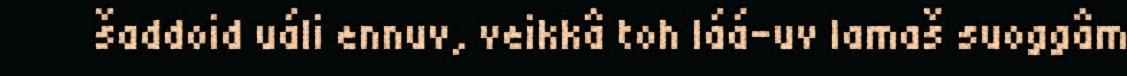
šaddoid uáli ennuv, veikkâ toh láá-uv lamaš suoggâm